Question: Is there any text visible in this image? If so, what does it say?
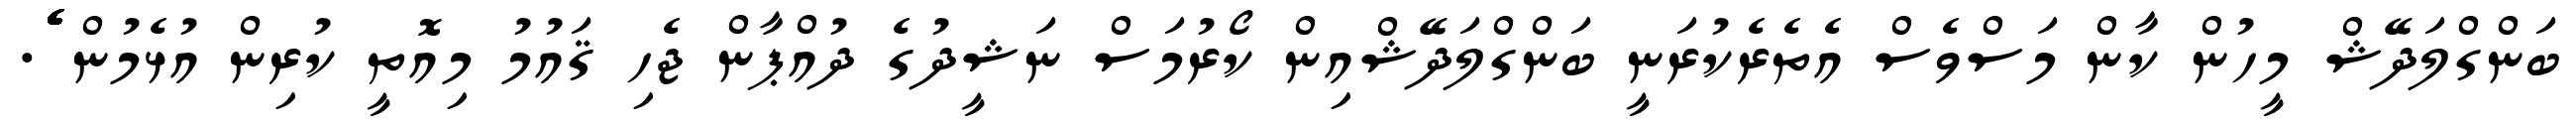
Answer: ބަންގްލަދޭޝް މީހުން ކާން މަސްވެސް އެތެރެކުރަނީ ބަންގްލަދޭޝްއިން ކޯރުމަސް ނަޝީދުގެ ދުއްޕާން ޖެހި ޤައުމު މިއޮތީ ކުރިން އުޅެމުން ެެެެެެެެެެެެެެެެެެެެެެެެެެެެެެެެެެެެެެެެެެެެެެެެެެެެެެެެެެެެެެެެެެެެެެެެ.